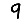
Digit: 9